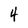
Character: 4